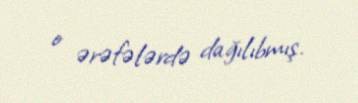
o ərəfələrdə dağılıbmış.